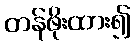
တန်ဖိုးထား၍